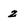
Character: 2